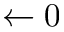
\gets 0